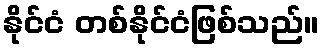
နိုင်ငံ တစ်နိုင်ငံဖြစ်သည်။